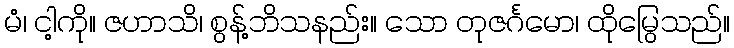
မံ၊ ငါ့ကို။ ဇဟာသိ၊ စွန့်ဘိသနည်း။ သော တုဇင်္ဂမော၊ ထိုမြွေသည်။